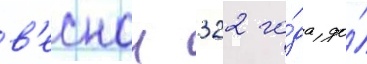
в'еснои 322 го́да до́